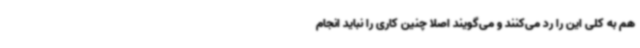
هم به کلی این را رد می‌کنند و می‌گویند اصلا چنین کاری را نباید انجام